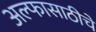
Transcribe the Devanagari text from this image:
अल्फासाठीचे